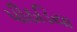
પીઠડિયા